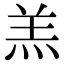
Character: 羔